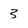
Character: 3